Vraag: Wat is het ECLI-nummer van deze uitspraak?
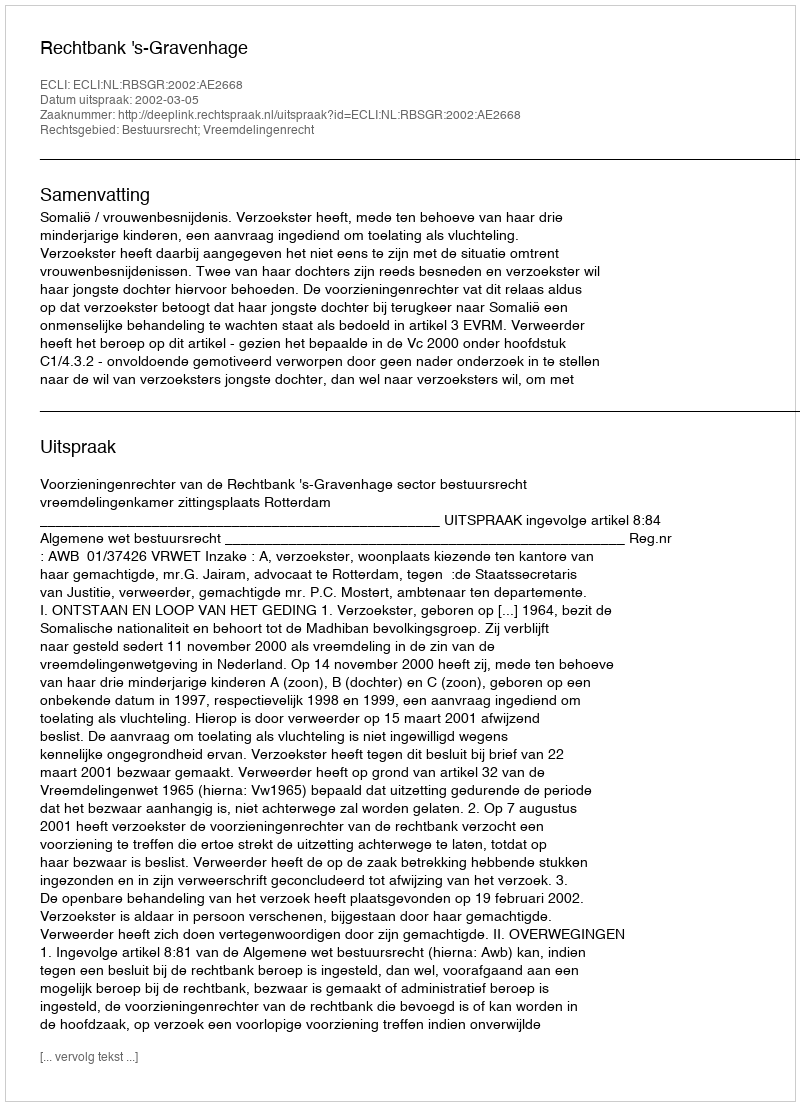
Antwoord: ECLI:NL:RBSGR:2002:AE2668